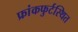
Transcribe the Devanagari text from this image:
फ्रांकफुर्टस्थित